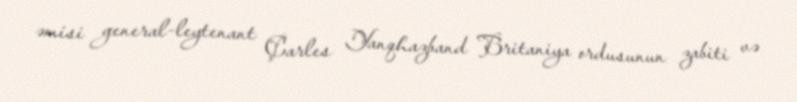
əmisi general-leytenant Çarles Yanqhazband Britaniya ordusunun zabiti və